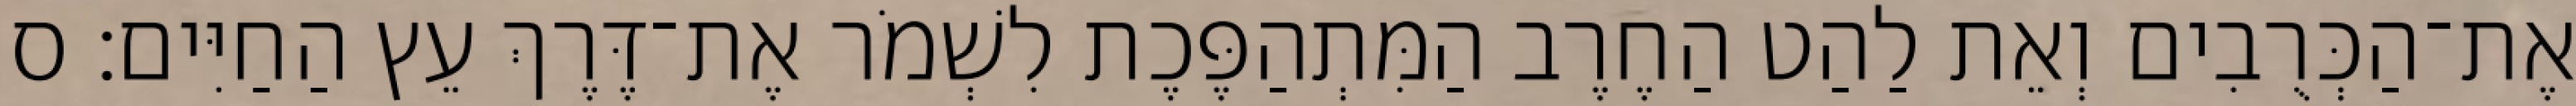
אֶת־הַכְּרֻבִים וְאֵת לַהַט הַחֶרֶב הַמִּתְהַפֶּכֶת לִשְׁמֹר אֶת־דֶּרֶךְ עֵץ הַחַיִּים׃ ס